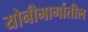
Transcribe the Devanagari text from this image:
योनीमार्गातील